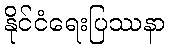
နိုင်ငံရေးပြဿနာ